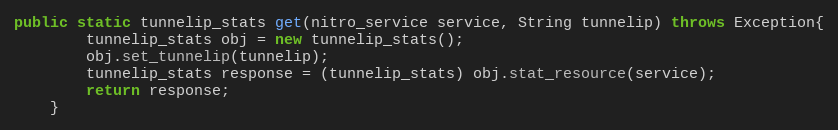
Language: Java
public static tunnelip_stats get(nitro_service service, String tunnelip) throws Exception{
		tunnelip_stats obj = new tunnelip_stats();
		obj.set_tunnelip(tunnelip);
		tunnelip_stats response = (tunnelip_stats) obj.stat_resource(service);
		return response;
	}